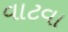
વાટવા